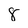
Character: 8